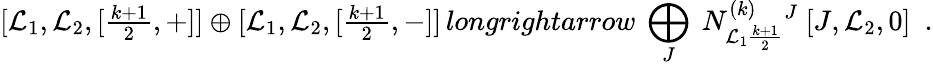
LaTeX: [\mathcal{L}_{1},\mathcal{L}_{2},[{\textstyle\frac{{k+1}}{{2}}},+]]\oplus[\mathcal{L}_{1},\mathcal{L}_{2},[{\textstyle\frac{{k+1}}{{2}}},-]]\, longrightarrow\ \bigoplus_{J}\ N_{\mathcal{L}_{1}\frac{{k+1}}{{2}}}^{(k)}{}^{J}\ [J,\mathcal{L}_{2},0]\ \ .